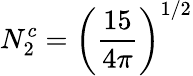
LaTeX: N_{2}^{c}=\left({\frac{15}{4\pi}}\right)^{1/2}